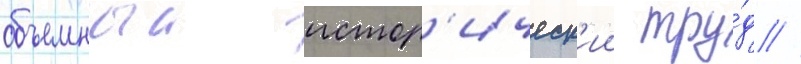
объемныи истор'ическ'ии тру́д //